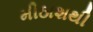
મીઠાશથી